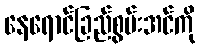
နေရောင်ခြည်စွမ်းအင်ကို